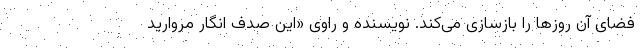
فضای آن روزها را بازسازی می‌کند. نویسنده و راوی «این صدف انگار مروارید